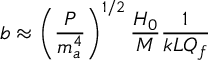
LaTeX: b \approx \left( \frac { P } { m _ { a } ^ { 4 } } \right) ^ { 1 / 2 } \frac { H _ { 0 } } { M } \frac { 1 } { k L Q _ { f } }